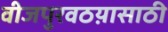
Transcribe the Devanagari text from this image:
वीजपुरवठय़ासाठी